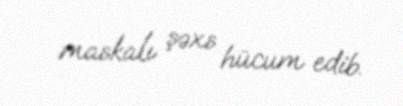
maskalı şəxs hücum edib.